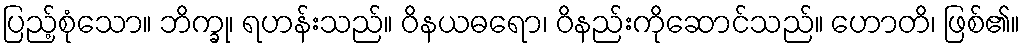
ပြည့်စုံသော။ ဘိက္ခု၊ ရဟန်းသည်။ ဝိနယဓရော၊ ဝိနည်းကိုဆောင်သည်။ ဟောတိ၊ ဖြစ်၏။